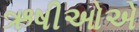
ઋષીઓએ